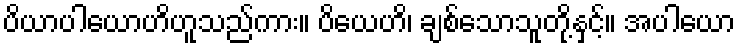
ပိယာပါယောဟိဟူသည်ကား။ ပိယေဟိ၊ ချစ်သောသူတို့နှင့်။ အပါယော